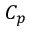
C _ { p }